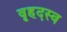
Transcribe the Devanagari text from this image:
वृहदस्व